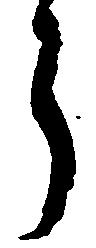
ら